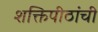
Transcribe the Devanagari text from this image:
शक्तिपीठांची